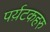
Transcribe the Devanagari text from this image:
पर्य़टकहरु